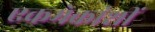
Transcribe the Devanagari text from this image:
एकमेकांशीं